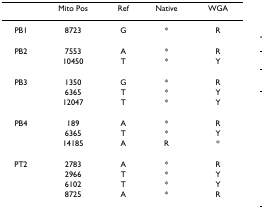
<table><thead><tr><td></td><td><b>Mito Pos</b></td><td><b>Ref</b></td><td><b>Native</b></td><td><b>WGA</b></td></tr></thead><tbody><tr><td>PB1</td><td>8723</td><td>G</td><td>*</td><td>R</td></tr><tr><td>PB2</td><td>7553</td><td>A</td><td>*</td><td>R</td></tr><tr><td></td><td>10450</td><td>T</td><td>*</td><td>Y</td></tr><tr><td>PB3</td><td>1350</td><td>G</td><td>*</td><td>R</td></tr><tr><td></td><td>6365</td><td>T</td><td>*</td><td>Y</td></tr><tr><td></td><td>12047</td><td>T</td><td>*</td><td>Y</td></tr><tr><td>PB4</td><td>189</td><td>A</td><td>*</td><td>R</td></tr><tr><td></td><td>6365</td><td>T</td><td>*</td><td>Y</td></tr><tr><td></td><td>14185</td><td>A</td><td>R</td><td>*</td></tr><tr><td>PT2</td><td>2783</td><td>A</td><td>*</td><td>R</td></tr><tr><td></td><td>2966</td><td>T</td><td>*</td><td>Y</td></tr><tr><td></td><td>6102</td><td>T</td><td>*</td><td>Y</td></tr><tr><td></td><td>8725</td><td>A</td><td>*</td><td>R</td></tr></tbody></table>